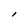
Character: I